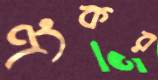
এংকর